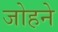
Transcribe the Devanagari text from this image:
जोहने